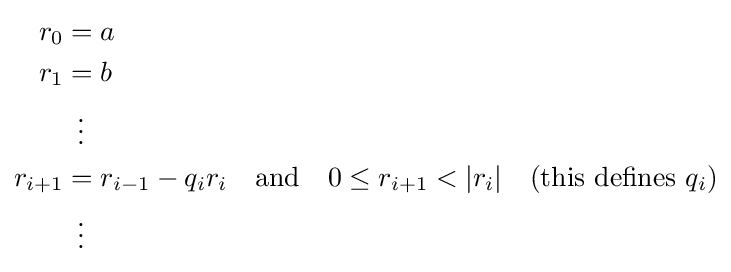
{\begin{aligned}r_{0}&=a\\r_{1}&=b\\&\,\,\,\vdots \\r_{i+1}&=r_{i-1}-q_{i}r_{i}\quad {\text{and}}\quad 0\leq r_{i+1}<|r_{i}|\quad {\text{(this defines }}q_{i})\\&\,\,\,\vdots \end{aligned}}